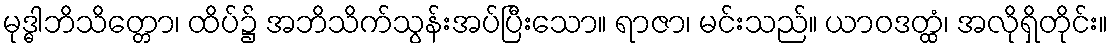
မုဒ္ဓါဘိသိတ္တော၊ ထိပ်၌ အဘိသိက်သွန်းအပ်ပြီးသော။ ရာဇာ၊ မင်းသည်။ ယာဝဒတ္ထံ၊ အလိုရှိတိုင်း။